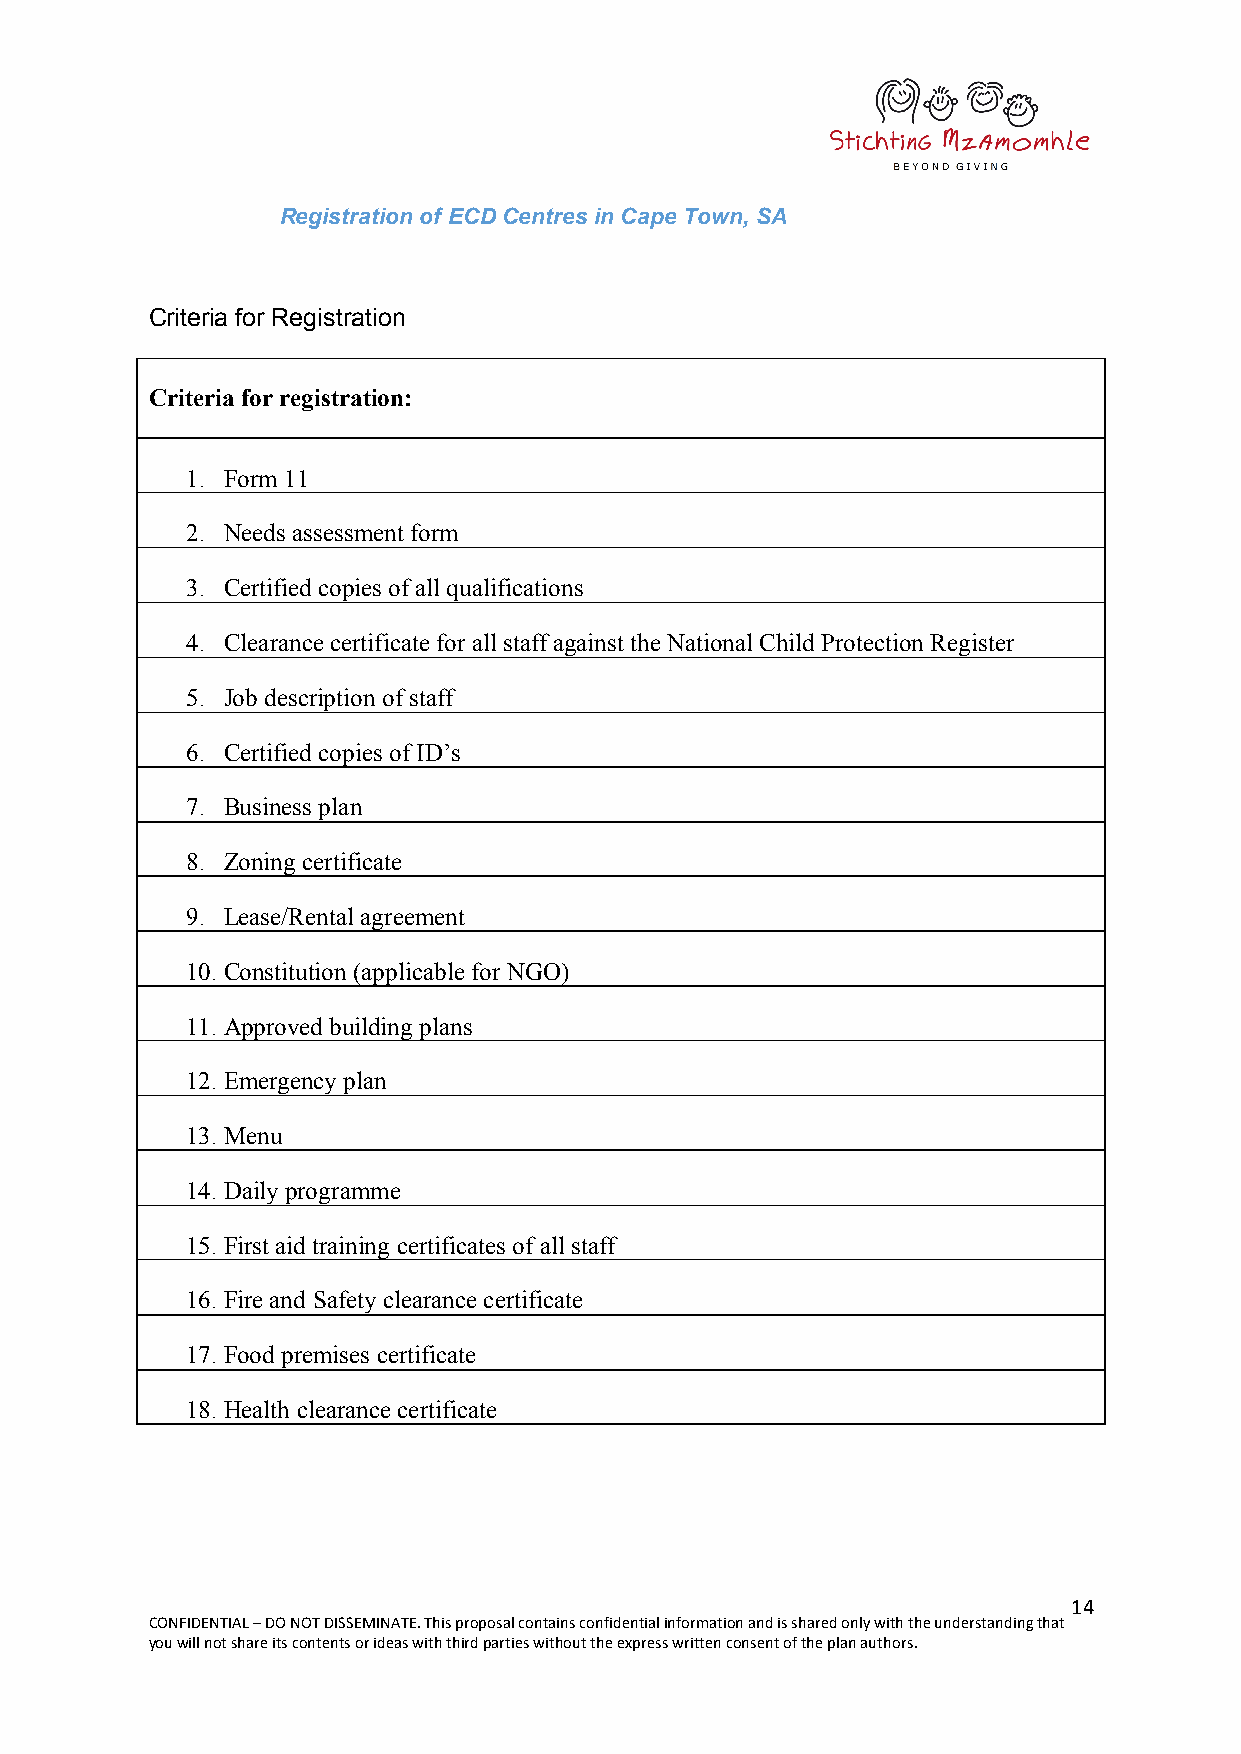
Registration of ECD Centres in Cape Town, SA
 Criteria for Registration
 Criteria for registration:
 1. Form 11
 2. Needs assessment form
 3. Certified copies of all qualifications
 4. Clearance certificate for all staff against the National Child Protection Register
 5. Job description of staff
 6. Certified copies of ID’s
 7. Business plan
 8. Zoning certificate
 9. Lease/Rental agreement
 10. Constitution (applicable for NGO)
 11. Approved building plans
 12. Emergency plan
 13. Menu
 14. Daily programme
 15. First aid training certificates of all staff
 16. Fire and Safety clearance certificate
 17. Food premises certificate
 18. Health clearance certificate
 14
 CONFIDENTIAL – DO NOT DISSEMINATE. This proposal contains confidential information and is shared only with the understanding that
 you will not share its contents or ideas with third parties without the express written consent of the plan authors.